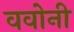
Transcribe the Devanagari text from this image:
ववोनी